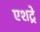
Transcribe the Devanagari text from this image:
एशट्रे